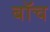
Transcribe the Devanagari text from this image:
बॉच